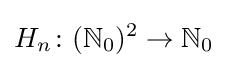
H_{n}\colon (\mathbb {N} _{0})^{2}\rightarrow \mathbb {N} _{0}